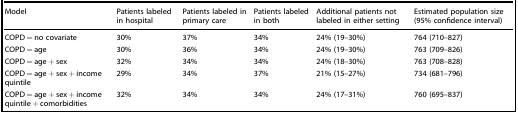
| Model | Patients labeled in hospital | Patients labeled in primary care | Patients labeled in both | Additional patients not labeled in either setting | Estimated population size (95% confidence interval) |
 | --- | --- | --- | --- | --- | --- |
 | COPD = no covariate | 30% | 37% | 34% | 24% (19–30%) | 764 (710–827) |
 | COPD = age | 30% | 36% | 34% | 24% (19–30%) | 763 (709–826) |
 | COPD = age + sex | 32% | 34% | 34% | 24% (18–30%) | 763 (708–828) |
 | COPD = age + sex + income quintile | 29% | 34% | 37% | 21% (15–27%) | 734 (681–796) |
 | COPD = age + sex + income quintile + comorbidities | 32% | 34% | 34% | 24% (17–31%) | 760 (695–837) |